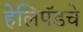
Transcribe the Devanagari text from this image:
हेलिपॅडचे